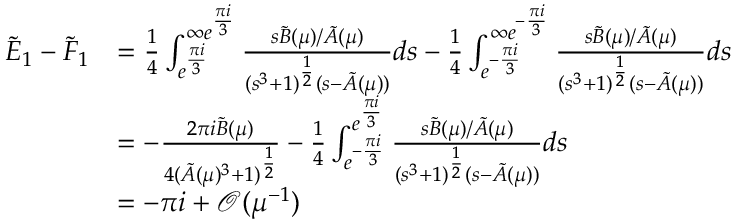
\begin{array} { r l } { \tilde { E } _ { 1 } - \tilde { F } _ { 1 } } & { = \frac { 1 } { 4 } \int _ { e ^ { \frac { \pi i } { 3 } } } ^ { \infty e ^ { \frac { \pi i } { 3 } } } \frac { s \tilde { B } ( \mu ) / \tilde { A } ( \mu ) } { ( s ^ { 3 } + 1 ) ^ { \frac { 1 } { 2 } } ( s - \tilde { A } ( \mu ) ) } d s - \frac { 1 } { 4 } \int _ { e ^ { - \frac { \pi i } { 3 } } } ^ { \infty e ^ { - \frac { \pi i } { 3 } } } \frac { s \tilde { B } ( \mu ) / \tilde { A } ( \mu ) } { ( s ^ { 3 } + 1 ) ^ { \frac { 1 } { 2 } } ( s - \tilde { A } ( \mu ) ) } d s } \\ & { = - \frac { 2 \pi i \tilde { B } ( \mu ) } { 4 ( \tilde { A } ( \mu ) ^ { 3 } + 1 ) ^ { \frac { 1 } { 2 } } } - \frac { 1 } { 4 } \int _ { e ^ { - \frac { \pi i } { 3 } } } ^ { e ^ { \frac { \pi i } { 3 } } } \frac { s \tilde { B } ( \mu ) / \tilde { A } ( \mu ) } { ( s ^ { 3 } + 1 ) ^ { \frac { 1 } { 2 } } ( s - \tilde { A } ( \mu ) ) } d s } \\ & { = - \pi i + \mathcal { O } ( \mu ^ { - 1 } ) } \end{array}